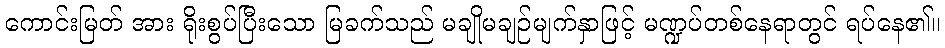
ကောင်းမြတ် အား ရိုးစွပ်ပြီးသော မြခက်သည် မချိုမချဉ်မျက်နှာဖြင့် မဏ္ဍပ်တစ်နေရာတွင် ရပ်နေ၏။